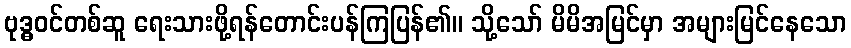
ဗုဒ္ဓဝင်တစ်ဆူ ရေးသားဖို့ရန်တောင်းပန်ကြပြန်၏။ သို့သော် မိမိအမြင်မှာ အများမြင်နေသော